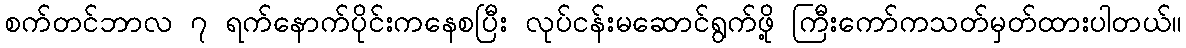
စက်တင်ဘာလ ၇ ရက်နောက်ပိုင်းကနေစပြီး လုပ်ငန်းမဆောင်ရွက်ဖို့ ကြီးကော်ကသတ်မှတ်ထားပါတယ်။